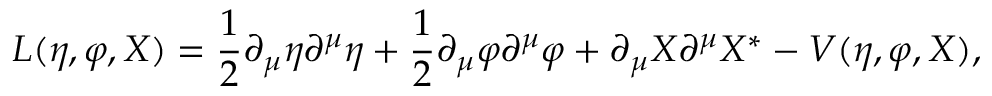
L ( \eta , \varphi , X ) = \frac { 1 } { 2 } \partial _ { \mu } \eta \partial ^ { \mu } \eta + \frac { 1 } { 2 } \partial _ { \mu } \varphi \partial ^ { \mu } \varphi + \partial _ { \mu } X \partial ^ { \mu } X ^ { * } - V ( \eta , \varphi , X ) ,